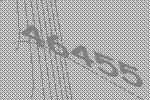
46455